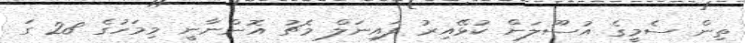
ތިން ސެމީގެ އުސޫލަށް ކުޅޭއިރު ފައިނަލް މެޗު އޮންނާނީ މިމަހުގެ 28 ގަ